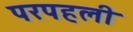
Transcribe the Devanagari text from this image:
परपहली